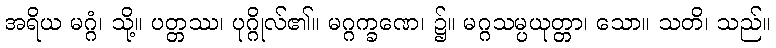
အရိယ မဂ္ဂံ၊ သို့။ ပတ္တဿ၊ ပုဂ္ဂိုလ်၏။ မဂ္ဂက္ခဏေ၊ ၌။ မဂ္ဂသမ္ပယုတ္တာ၊ သော။ သတိ၊ သည်။